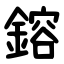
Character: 鎔